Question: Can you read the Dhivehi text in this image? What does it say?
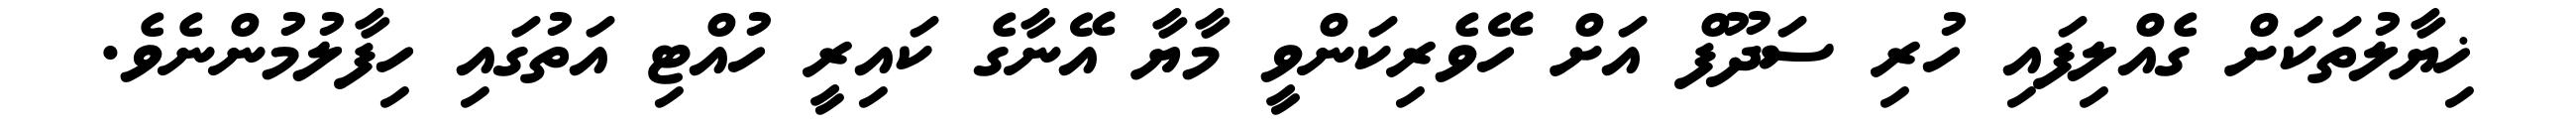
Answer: ޚިޔާލުތަކަށް ގެއްލިފައި ހުރި ސަދޫފް އަށް ހޭވެރިކަންވީ މާޔާ އޭނާގެ ކައިރީ ހުއްޓި އަތުގައި ހިފާލުމުންނެވެ.